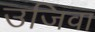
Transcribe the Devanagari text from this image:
उजिवा